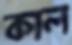
কাল